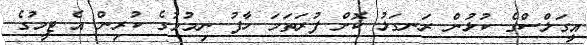
އީގަލްސްގެ ކުޅުން ރަނގަޅު ކޮށް ފުރަތަމަ ހާފު ނިމުމުގެ ކުރިން އެ ޓީމުގެ